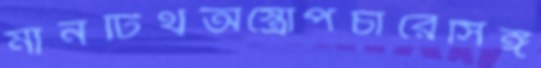
মানটিথঅস্ত্রোপচারেসিঙ্গ